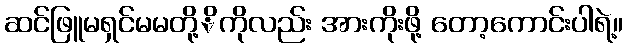
ဆင်ဖြူမရှင်မမတို့ိကိုလည်း အားကိုးဖို့ တော့ကောင်းပါရဲ့။